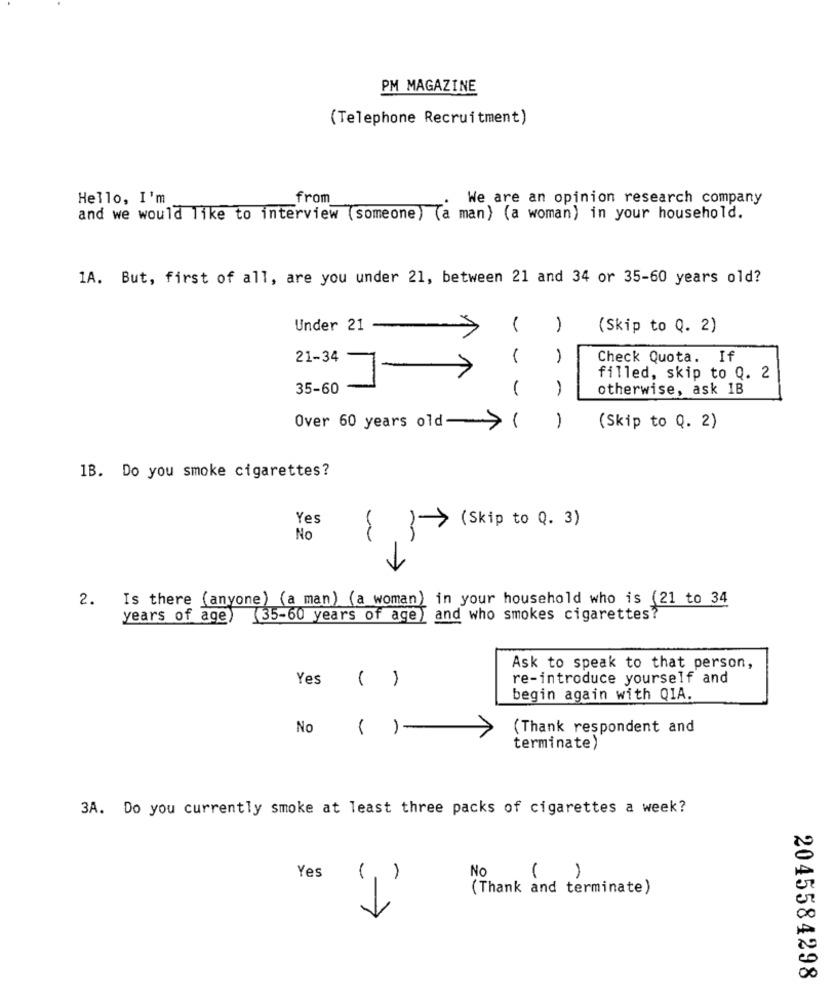
PM MAGAZINE
(Telephone Recruitment)
Hello, I'm
from
We are an opinion research company
and we would like to interview (someone) (a man) (a woman) in your household.
1A. But, first of all, are you under 21, between 21 and 34 or 35-60 years old?
Under 21
(Skip to Q. 2)
21-34
1
Check Quota. If
filled, skip to Q. 2
35-60
(
otherwise, ask 1B
Over 60 years old-> (
- -
(Skip to Q. 2)
1B. Do you smoke cigarettes?
Yes
(Skip to Q. 3)
No
Is there (anyone) (a man) (a woman) in your household who is (21 to 34
2.
years of age) (35-60 years of age) and who smokes cigarettes?
Ask to speak to that person,
Yes
( )
re-introduce yourself and
begin again with QIA.
No
( )-
(Thank respondent and
terminate)
3A. Do you currently smoke at least three packs of cigarettes a week?
No
1
Yes
( , )
(Thank and terminate)
>
2045584298